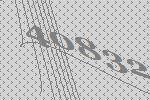
40832